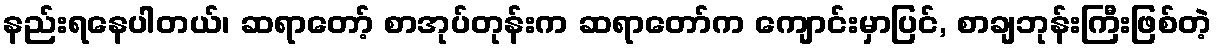
နည်းရနေပါတယ်၊ ဆရာတော့် စာအုပ်တုန်းက ဆရာတော်က ကျောင်းမှာပြင်, စာချဘုန်းကြီးဖြစ်တဲ့